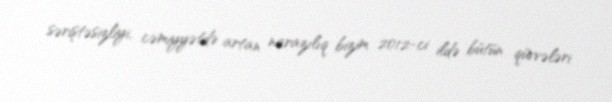
səriştəsizliyi, cəmiyyətdə artan narazılıq bizim 2012-ci ildə bütün qüvvələri